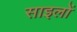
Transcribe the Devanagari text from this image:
साइलों